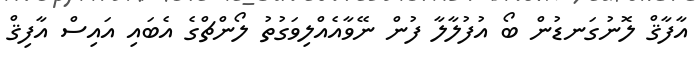
އާފާޤް ލޮނުގަނޑުން ބޯ އުފުލާލާ ފުން ނޭވާއެއްލިވަގުތު ލޯންޗްގެ އެބައި އައިސް އާފިޤް